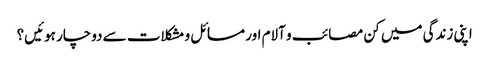
اپنی زندگی میں کن مصائب و آلام اور مسائل و مشکلات سے دوچار ہوئیں؟